Annual report on the Civil Veterinary Department, Burma (including the Insein Veterinary School) - 1923-1931
Year: 1923
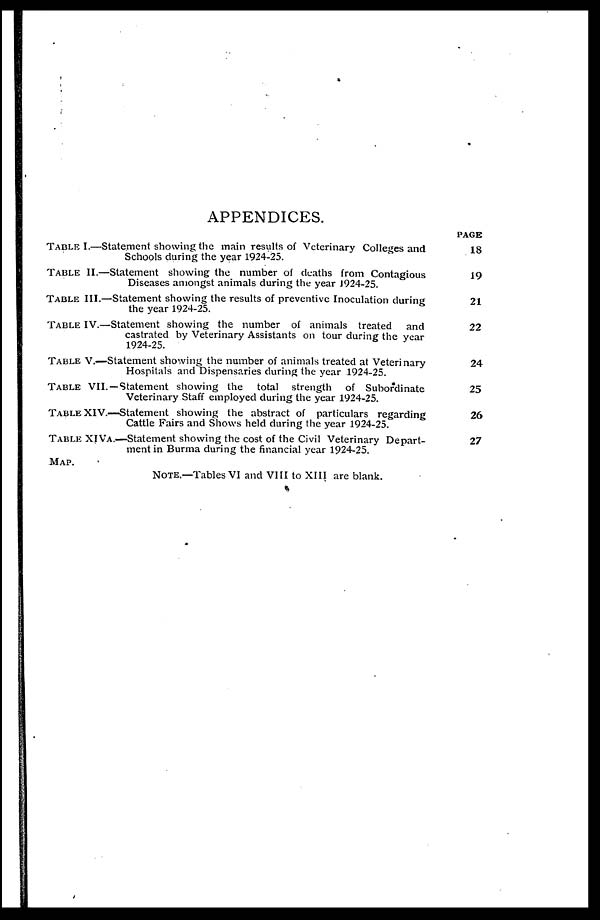
APPENDICES.
TABLE I.—Statement showing the main results of Veterinary Colleges and
Schools during the year 1924-25.
TABLE II.—Statement showing the number of deaths from Contagious
Diseases amongst animals during the year 1924-25.
TABLE III.—Statement showing the results of preventive Inoculation during
the year 1924-25.
TABLE IV.—Statement showing the number of animals treated
and
castrated by Veterinary Assistants on tour during the year
1924-25.
TABLE V.—Statement showing the number of animals treated at Veterinary
Hospitals and Dispensaries during the year 1924-25.
TABLE VII.—Statement showing the total strength of Subordinate
Veterinary Staff employed during the year 1924-25.
TABLE XIV.—Statement showing the abstract of particulars regarding
Cattle Fairs and Shows held during the year 1924-25.
TABLE XIVA.—Statement showing the cost of the Civil Veterinary Depart-
ment in Burma during the financial year 1924-25.
MAP.
NOTE.—Tables VI and VIII to XIII are blank.
PAGE
18
19
21
22
24
25
26
27